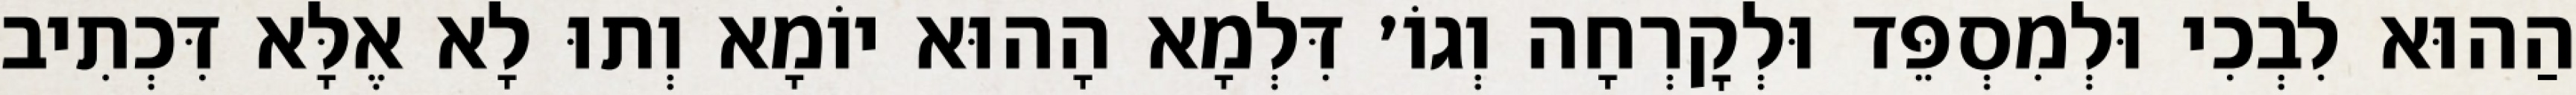
הַהוּא לִבְכִי וּלְמִסְפֵּד וּלְקׇרְחָה וְגוֹ׳ דִּלְמָא הָהוּא יוֹמָא וְתוּ לָא אֶלָּא דִּכְתִיב